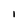
Character: 1